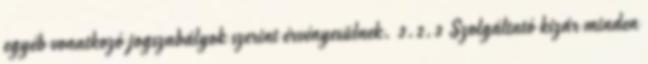
egyéb vonatkozó jogszabályok szerint érvényesülnek. 3.2.3 Szolgáltató kizár minden